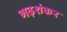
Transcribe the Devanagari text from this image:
गढ़शंकर